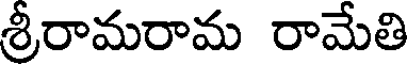
శ్రీరామరామ రామేతి